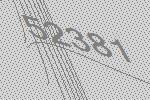
52381